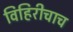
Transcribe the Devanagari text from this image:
विहिरीचाच